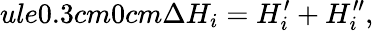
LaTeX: ule{0.3cm}{0cm}\Delta H_{i}=H_{i}^{\prime}+H_{i}^{\prime\prime},